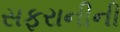
સફરાનીની